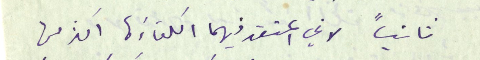
ثانياً لاني اعتقد فيهما الكفاءَة اكثر من